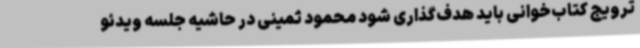
ترویج کتاب‌خوانی باید هدف‌گذاری شود محمود ثمینی در حاشیه جلسه ویدئو